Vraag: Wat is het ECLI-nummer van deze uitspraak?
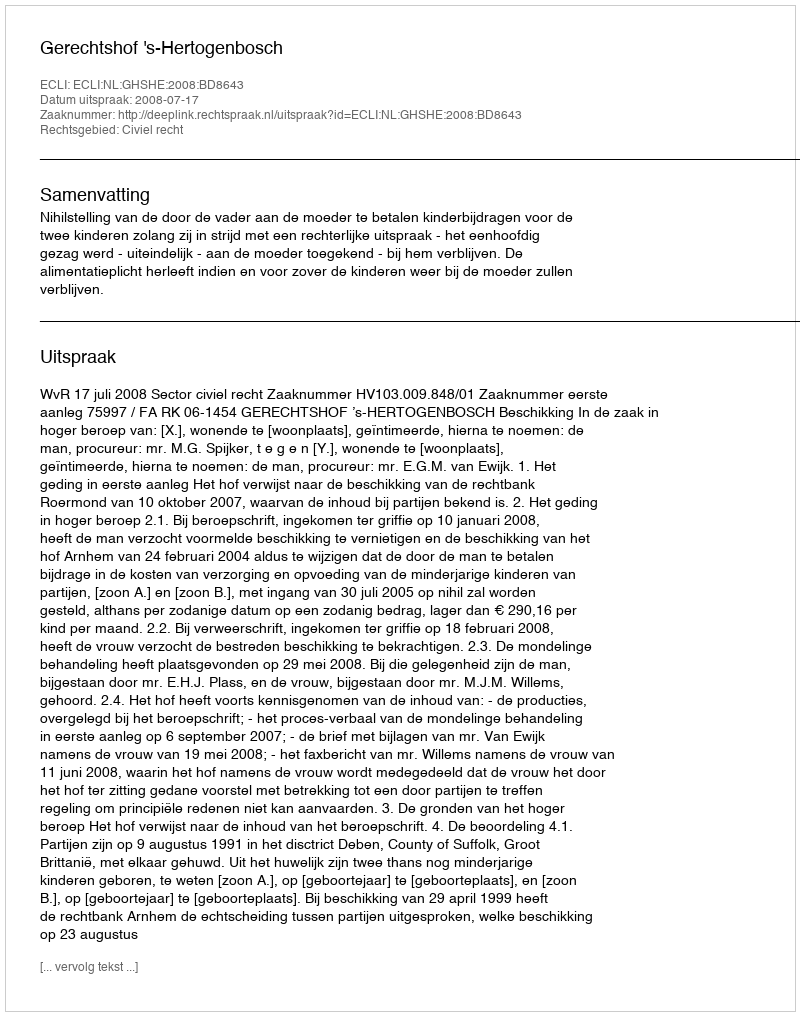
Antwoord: ECLI:NL:GHSHE:2008:BD8643